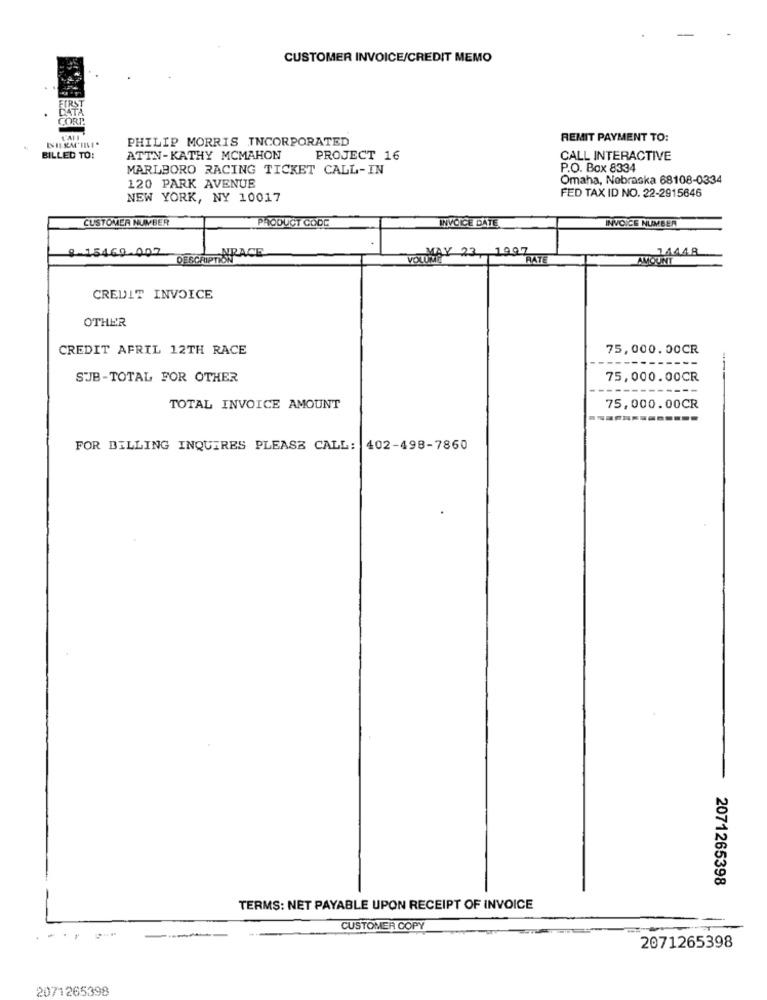
CUSTOMER INVOICE/CREDIT MEMO
FIRST
DATA
CORP
PHILIP MORRIS INCORPORATED
REMIT PAYMENT TO:
BILLED TO:
ATTN-KATHY MCMAHON
PROJECT 16
CALL INTERACTIVE
MARLBORO RACING TICKET CALL-IN
P.O. Box 8334
Omaha, Nebraska 68108-0334
120 PARK AVENUE
FED TAX ID NO. 22-2915646
NEW YORK, NY 10017
CUSTOMER NUMBER
PRODUCT CODE
INVOICE DATE
INVOICE NUMBER
8 15469 .007
NRACE
MAY 23, 1997
14448
DESCRIPTION
VOLUME
RATE
AMOUNT
CREDIT INVOICE
OTHER
CREDIT APRIL 12TH RACE
75,000.00CR
SUB-TOTAL FOR OTHER
75,000.00CR
---
TOTAL INVOICE AMOUNT
75,000.00CR
FOR BILLING INQUIRES PLEASE CALL: 402-498-7860
2071265398
TERMS: NET PAYABLE UPON RECEIPT OF INVOICE
--
CUSTOMER COPY
2071265398
2071265398